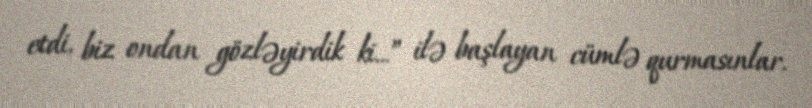
etdi, biz ondan gözləyirdik ki...” ilə başlayan cümlə qurmasınlar.